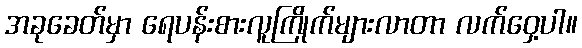
အခုခေတ်မှာ ရေပန်းစားလူကြိုက်များလာတာ လက်ဝှေ့ပါ။